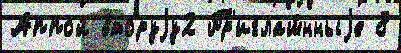
Аппой вторуjу2 Пр'иглаш́нныjе 8